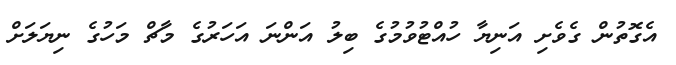
އެގޮތުން ގެވެށި އަނިޔާ ހުއްޓުވުމުގެ ބިލު އަންނަ އަހަރުގެ މާޗް މަހުގެ ނިޔަލަށް